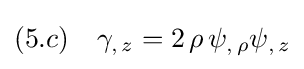
(5.c)\quad \gamma _{,\,z}=2\,\rho \,\psi _{,\,\rho }\psi _{,\,z}